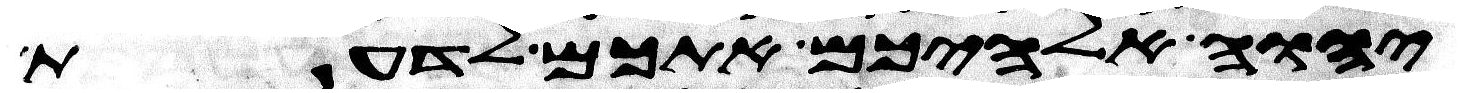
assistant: יהוה אלהיכם אתכם לדעת